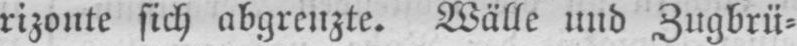
rizonte sich abgrenzte. Wälle und Zugbrü⸗